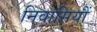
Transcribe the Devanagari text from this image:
निवासियौं